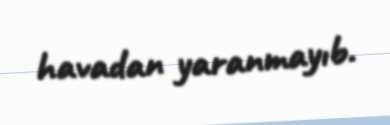
havadan yaranmayıb.